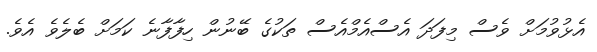
އެޅުވުމަށް ވެސް މިފަދަ އެސްއެމްއެސް ތަކުގެ ބޭނުން ހިފާފާނެ ކަމަށް ބެލެވެ އެވެ.